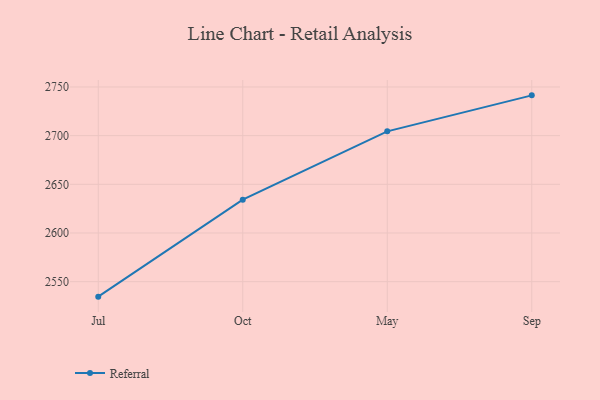
{"axis": {"x": "Month", "y": "Latency (ms)"}, "legend": ["Referral"], "data": [{"x": "Jul", "y": 2534.6, "type": "Referral"}, {"x": "Oct", "y": 2634.2, "type": "Referral"}, {"x": "May", "y": 2704.4, "type": "Referral"}, {"x": "Sep", "y": 2741.4, "type": "Referral"}]}